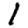
Digit: 1